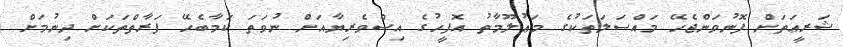
ޝަރީޢަތަށް ފޮނުވަންޖެހޭ މައްސަލަތަކުގެ މަޢުލޫމާތު އޮފީހުގެ އިސްވެރިޔާއަށް ނުވަތަ ކަމާބެހޭ ފަރާތްތަކަށް ދިނުމަށް